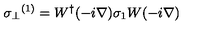
{ \sigma _ { \perp } } ^ { ( 1 ) } = W ^ { \dag } ( - i \mathrm { \boldmath \nabla } ) \sigma _ { 1 } W ( - i \mathrm { \boldmath \nabla } ) \nonumber